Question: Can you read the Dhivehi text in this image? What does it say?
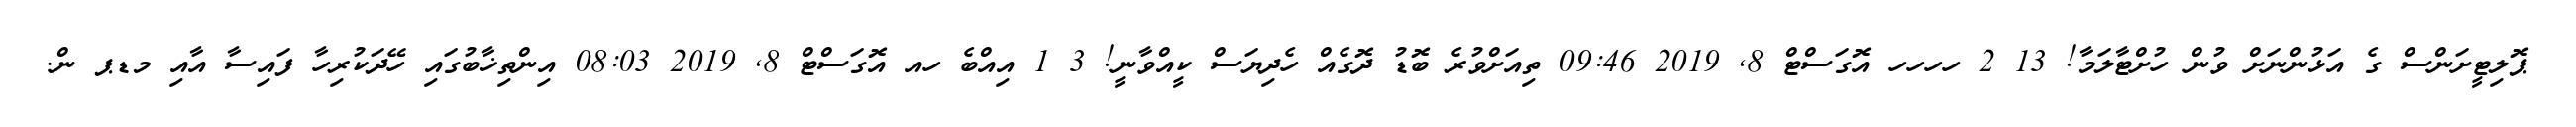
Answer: ޕޮލިޓީށަންސް ގެ އަޅުންނަށް ވުން ހުށްޓާލަމާ! 13 2 ހހހހ އޮގަސްޓް 8, 2019 09:46 ތިއަށްވުރެ ބޮޑު ދޮގެއް ހެދިޔަސް ކީއްވާނީ! 3 1 އިއްބެ ހއ އޮގަސްޓް 8, 2019 08:03 އިންތިޚާބުގައި ހޭދަކުރިހާ ފައިސާ އާއި މޑޕ ން.